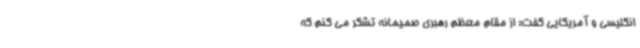
انگلیسی و آمریکایی گفت: از مقام معظم رهبری صمیمانه تشکر می کنم که